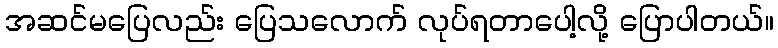
အဆင်မပြေလည်း ပြေသလောက် လုပ်ရတာပေါ့လို့ ပြောပါတယ်။